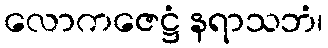
လောကဇေဋ္ဌံ နရာသဘံ၊